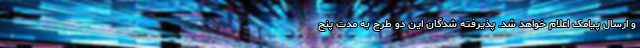
و ارسال پیامک اعلام خواهد شد. پذیرفته شدگان این دو طرح به مدت پنج